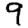
Digit: 9